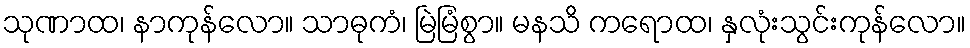
သုဏာထ၊ နာကုန်လော။ သာဓုကံ၊ မြဲမြံစွာ။ မနသိ ကရောထ၊ နှလုံးသွင်းကုန်လော။